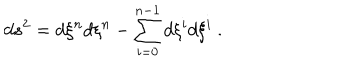
d s ^ { 2 } = d \xi ^ { n } d \xi ^ { n } - \sum _ { i = 0 } ^ { n - 1 } d \xi ^ { i } d \xi ^ { i } ~ .